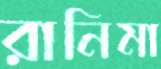
রানিমা